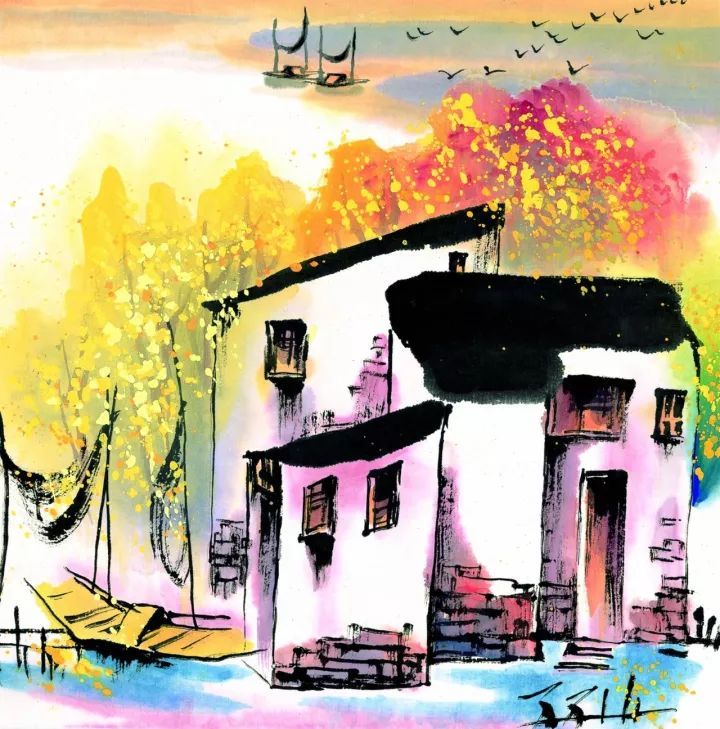
宣和旧日，临安南渡，芳景犹自如故。